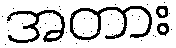
အတား